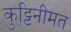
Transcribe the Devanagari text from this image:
कुट्टिनीमत